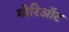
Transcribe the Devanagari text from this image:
गोरिऑट